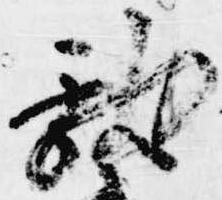
献